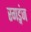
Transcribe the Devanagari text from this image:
रगड्गंज